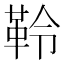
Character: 𩊂